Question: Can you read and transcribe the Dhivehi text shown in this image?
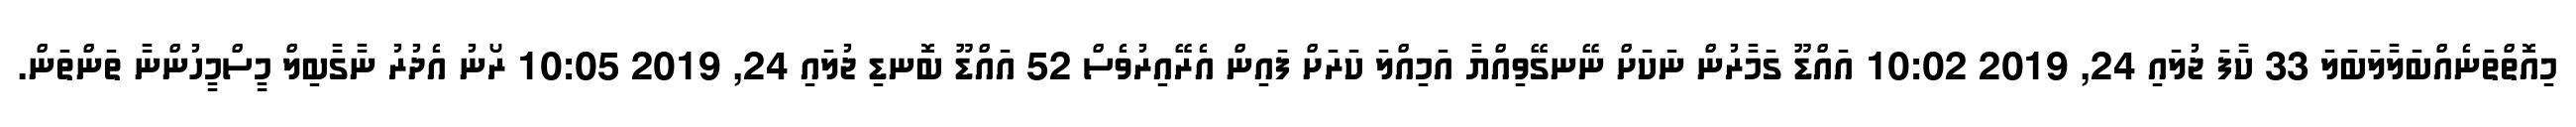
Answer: މިއޮތްތަނެއްބަލާލަބަލަ 33 ކާފަ ޖުލައި 24, 2019 10:02 އައްޑޫ ގަމާރުން ނަކަށް ނޭނގޭވިއްޔާ އަމިއްލަ ކަރަށް ފައިން އެރޭއިރުވެސް 52 އައްޑޫ ބޮނޑި ޖުލައި 24, 2019 10:05 ރޯނު އެދުރު ނާގާބިލް މީސްމީހުންނާ ތަންތަން.